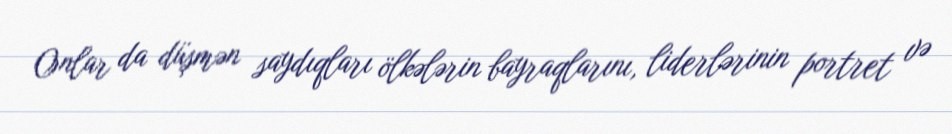
Onlar da düşmən saydıqları ölkələrin bayraqlarını, liderlərinin portret və